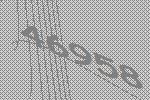
46958